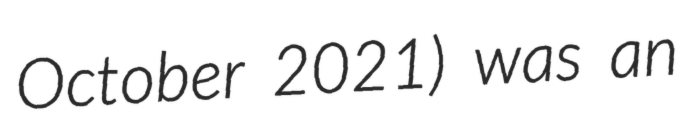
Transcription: October 2021) was an